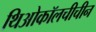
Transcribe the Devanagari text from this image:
थिओकॉलचीचीन